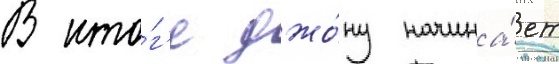
В ито́г'е джо́ну начина́ет